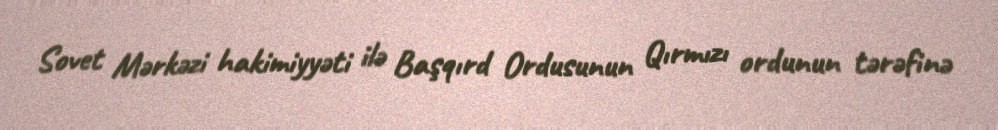
Sovet Mərkəzi hakimiyyəti ilə Başqırd Ordusunun Qırmızı ordunun tərəfinə